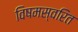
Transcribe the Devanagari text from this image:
विषमस्वरित